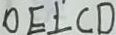
O E \bot C D